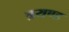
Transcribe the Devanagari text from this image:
त्रयण्ड